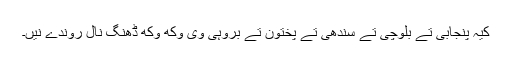
کیہ پنجابی تے بلوچی تے سندھی تے پختون تے بروہی وی وکھ وکھ ڈھنگ نال روندے نیں۔